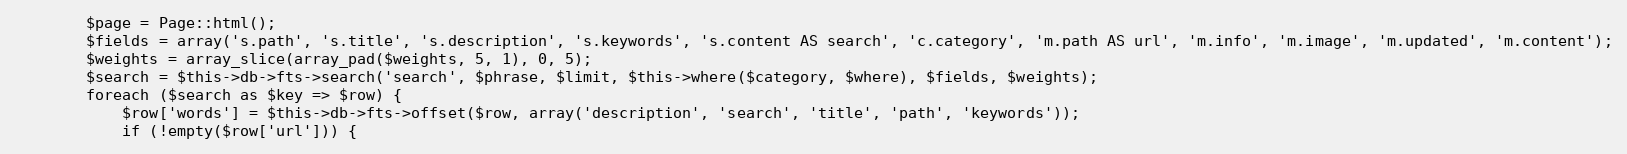
Language: PHP
        $page = Page::html();
        $fields = array('s.path', 's.title', 's.description', 's.keywords', 's.content AS search', 'c.category', 'm.path AS url', 'm.info', 'm.image', 'm.updated', 'm.content');
        $weights = array_slice(array_pad($weights, 5, 1), 0, 5);
        $search = $this->db->fts->search('search', $phrase, $limit, $this->where($category, $where), $fields, $weights);
        foreach ($search as $key => $row) {
            $row['words'] = $this->db->fts->offset($row, array('description', 'search', 'title', 'path', 'keywords'));
            if (!empty($row['url'])) {